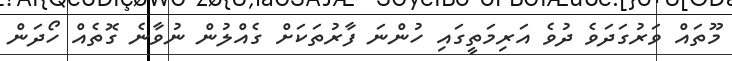
މޫތައް ވަރުގަދަވެ ދުވެ އަރިމަތީގައި ހުންނަ ފާރުތަކަށް ގެއްލުން ނުވާނެ ގޮތެއް ހޯދަން